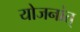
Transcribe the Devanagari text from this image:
योजनांत्‌